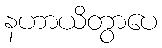
နဟာယိတွာပေ